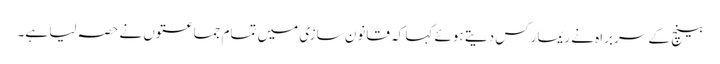
بینچ کے سربراہ نے ریمارکس دیتے ہوئے کہا کہ قانون سازی میں تمام جماعتوں نے حصہ لیا ہے۔